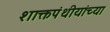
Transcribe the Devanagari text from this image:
शाक्तपंथीयांच्या